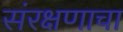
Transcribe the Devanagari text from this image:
संरक्षणाचा